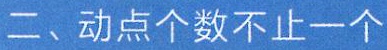
二、动点个数不止一个